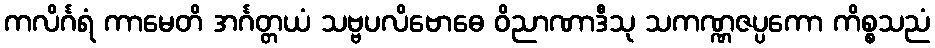
ကလိင်္ဂရံ ကာမေတိ အင်္ဂတ္တယံ သဗ္ဗပလိဗောဓေ ဝိညာဏာဒီသု သကဏ္ဏဇပ္ပကော ကိစ္စသညံ